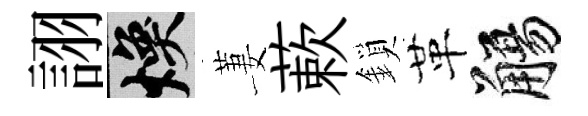
詡焕萋蔌鎖革觴